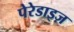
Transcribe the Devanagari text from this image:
पेरेडाइज़